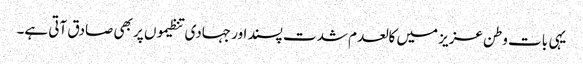
یہی بات وطن عزیز میں کالعدم شدت پسند اور جہادی تنظیموں پر بھی صادق آتی ہے۔